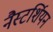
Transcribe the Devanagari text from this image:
नैस्टर्शियन